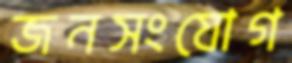
জনসংযোগ